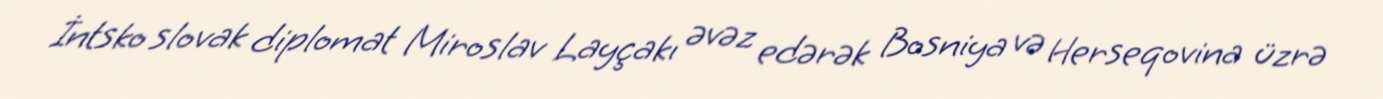
İntsko slovak diplomat Miroslav Layçakı əvəz edərək Bosniya və Herseqovina üzrə